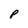
Character: P